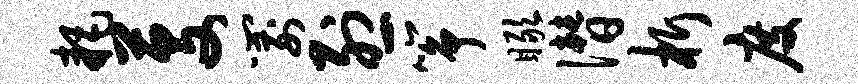
耗芟箭烈筝瞰僭析度